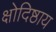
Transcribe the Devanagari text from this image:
क्षोदिष्ठाय